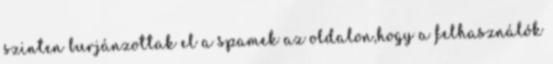
szinten burjánzottak el a spamek az oldalon,hogy a felhasználók